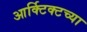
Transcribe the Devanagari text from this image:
आर्क्टिक्टच्या